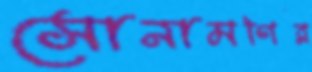
সোনামণির